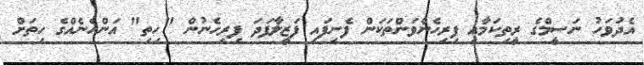
އެދުވަހު ނަސީމްގެ ރީތިކަމާއި ފިރިހެންވަންތަކަން ފެނިފައި ފަޒީލާފަދަ ފިރިހެނުން "ހިތި" އަންހެނެއްގެ ހިތަށް